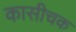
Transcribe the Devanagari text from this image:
कासीचक